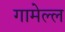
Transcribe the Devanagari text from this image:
गामेल्ल